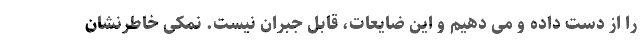
را از دست داده و می دهیم و این ضایعات، قابل جبران نیست. نمکی خاطرنشان